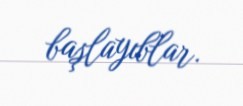
başlayıblar.